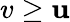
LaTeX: v\geq\mathbf{u}